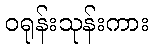
ဝရုန်းသုန်းကား